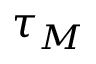
\tau _ { M }